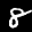
Label: 8